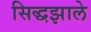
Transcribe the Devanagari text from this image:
सिद्धझाले